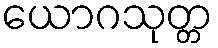
ယောဂသုတ္တ